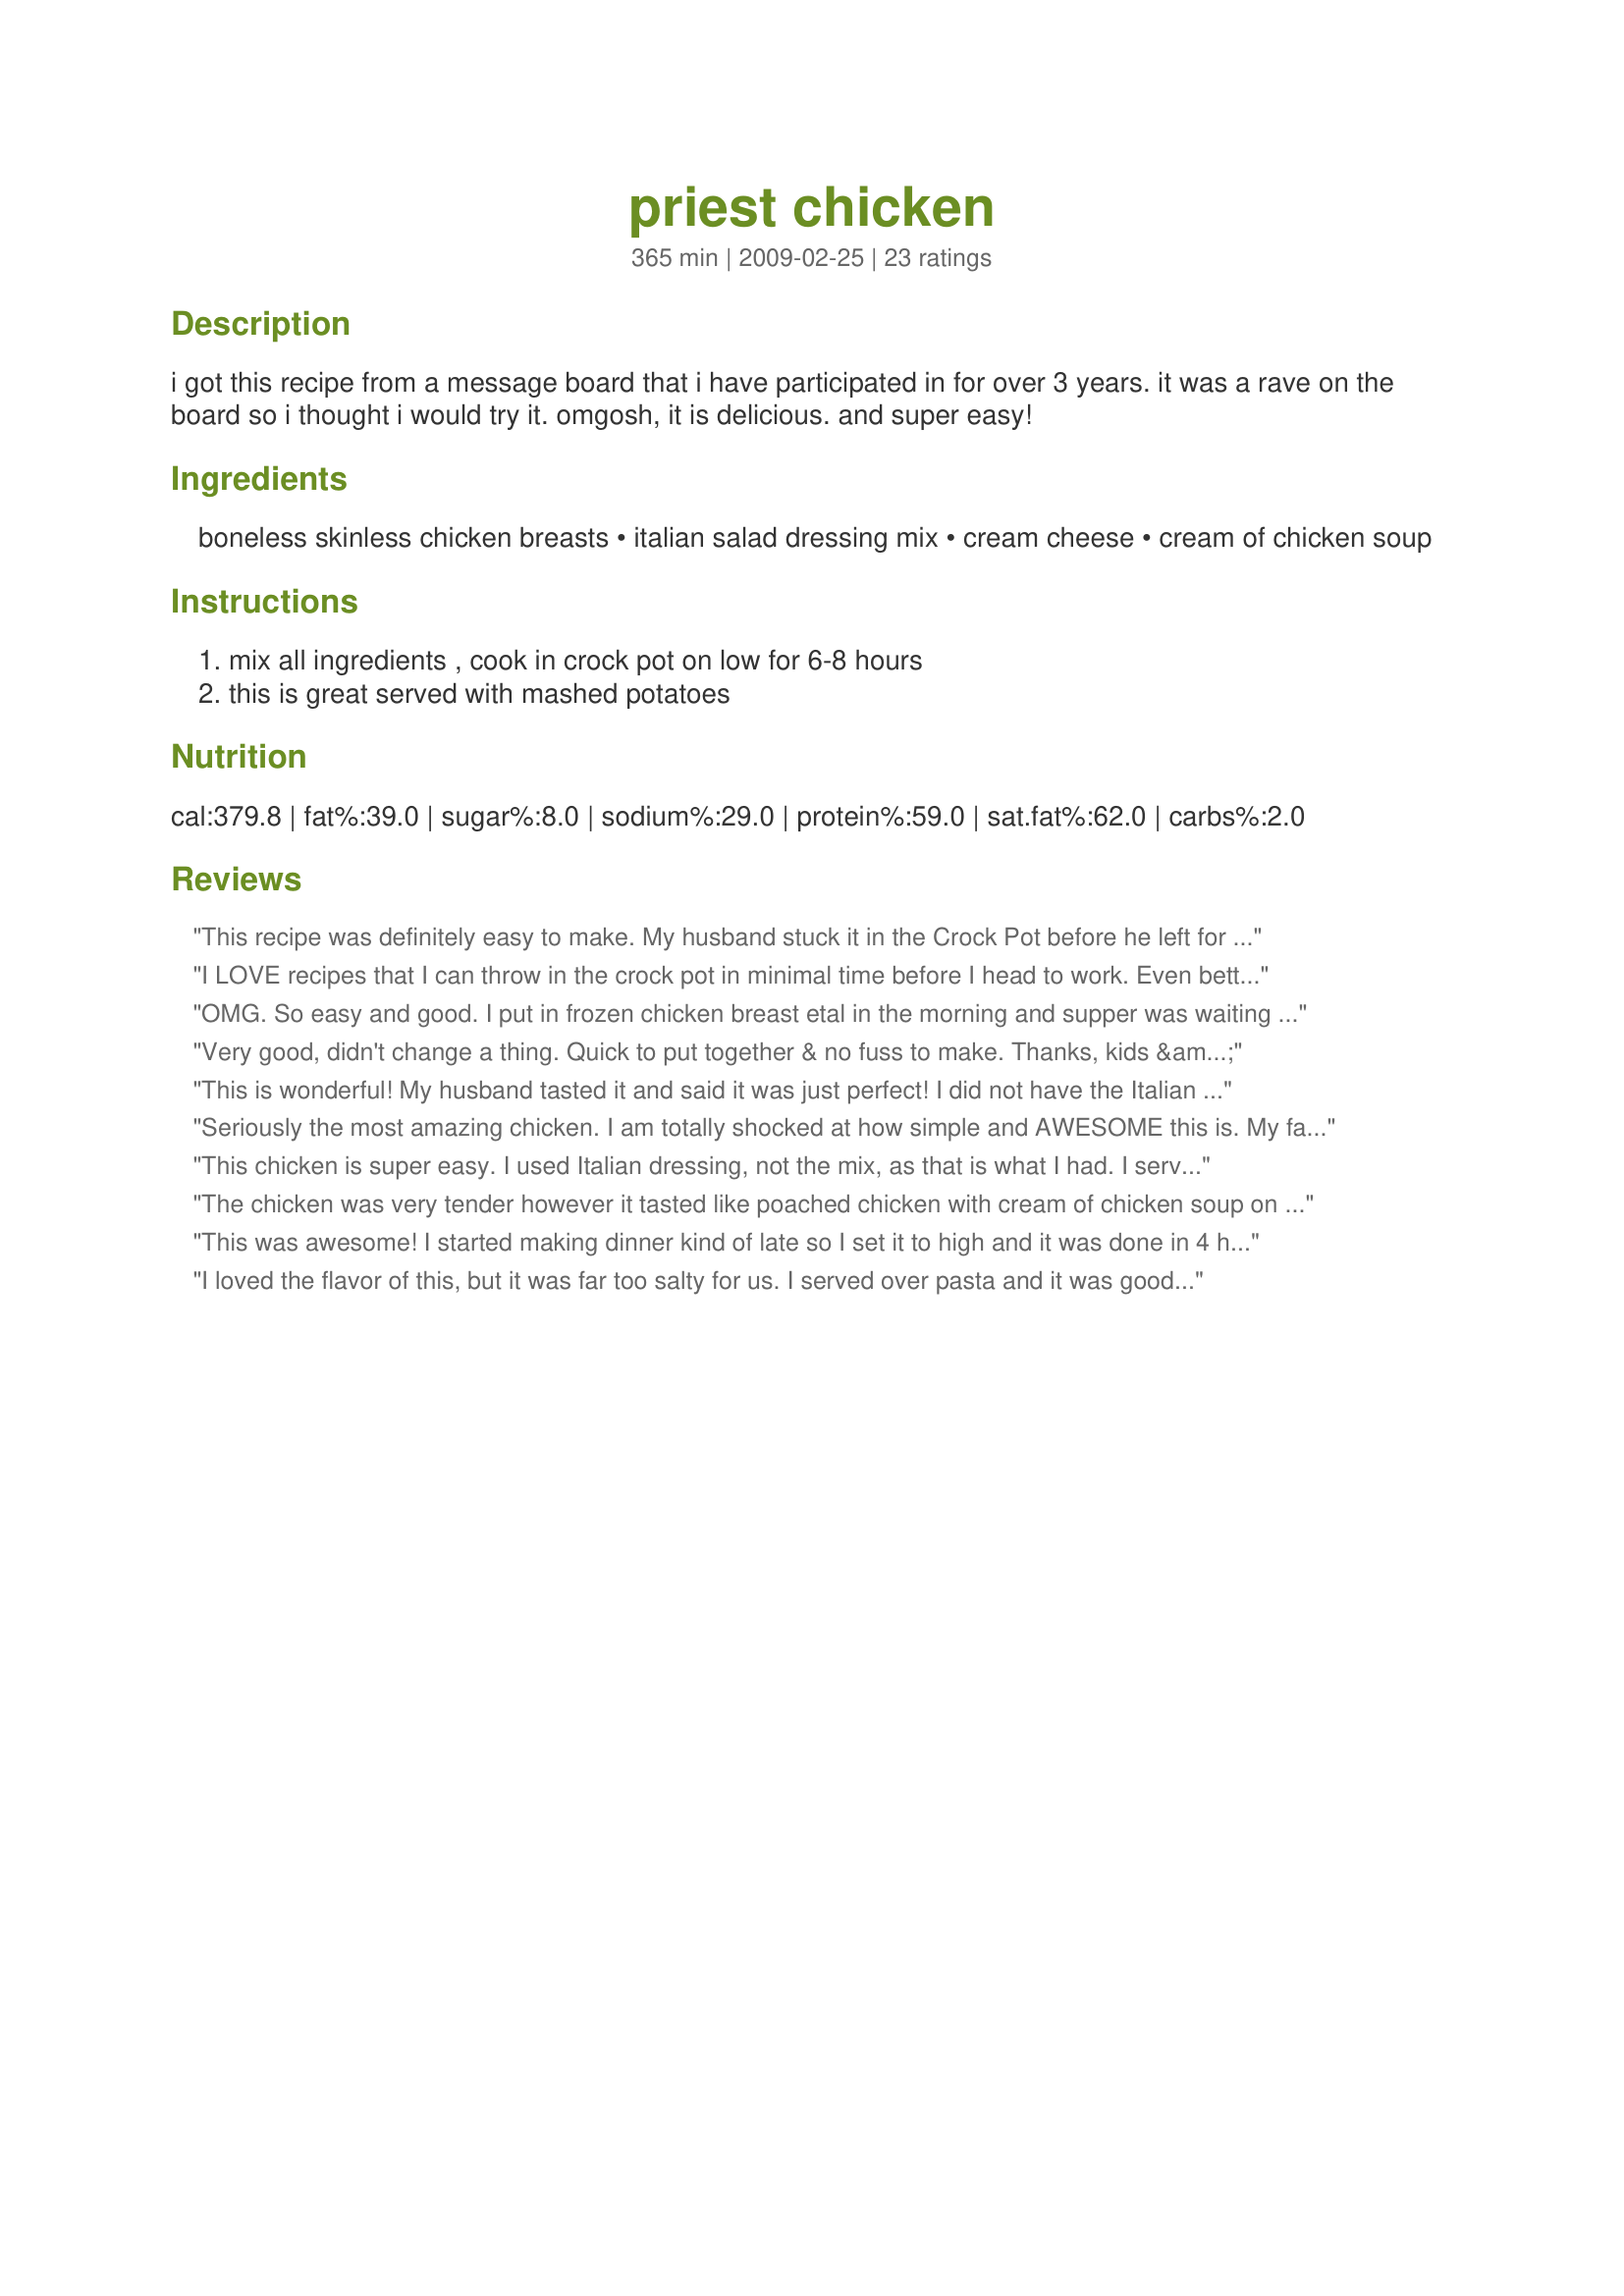
priest chicken
Preparation time: 365 minutes

i got this recipe from a message board that i have participated in for over 3 years. it was a rave on the board so i thought i would try it. omgosh, it is delicious. and super easy!

Ingredients:
boneless skinless chicken breasts, italian salad dressing mix, cream cheese, cream of chicken soup

Steps:
mix all ingredients , cook in crock pot on low for 6-8 hours, this is great served with mashed potatoes

Reviews:
This recipe was definitely easy to make. My husband stuck it in the Crock Pot before he left for work and it was ready when we returned home. The chicken was so tender it fell apart when i stirred the pot, so we had shredded chicken rather than chicken breasts. The taste was good, but I would have liked to taste the italian dressing more than i did (i will add more next time). I may also try like another poster did and add onions and some garlic the next time, as I do think it was missing a little something. My husband liked it as well, he said next time we should slap it on a bun and serve it as a sandwich since the chicken shredded itself. We will add this to our stock of dinner recipes. Thank you.
I LOVE recipes that I can throw in the crock pot in minimal time before I head to work. Even better when there is no chopping or slicing or dicing! How easy is this and the family devoured it. Thanks so much for sharing. A keeper for sure!
OMG. So easy and good. I put in frozen chicken breast etal in the morning and supper was waiting for me when I got home. Sure to please anyone!
Very good, didn't change a thing. Quick to put together & no fuss to make. Thanks, kids & hubby loved!
This is wonderful! My husband tasted it and said it was just perfect! I did not have the Italian dressing mix called for in the recipe so I added dried Oregano, Basil and Thyme in with the other ingredients. About 30 minutes before serving I added some fresh snipped chives and fresh thyme from my herb garden. I also cooked this on High for about 3 hours and it was so tender! Thanks for posting! I will be making this again and next time I may add some onions and fresh garlic. :0)
UPDATE! It's been less than a week and I have already made this again for some friends we had over for dinner. This time I added 1/2 of a large onion and 3 cloves of garlic. Our friends just raved over it and we all thoroughly enjoyed it. This time I also served it over large egg noodles! Yum!!!!!!!!!
Seriously the most amazing chicken. I am totally shocked at how simple and AWESOME this is. My family raved. My husband is not one to be easliy impressed and he asked this be made again and again!
This chicken is super easy. I used Italian dressing, not the mix, as that is what I had. I served it with mashed potatoes and zucchini. My DH loved it!
The chicken was very tender however it tasted like poached chicken with cream of chicken soup on top. I thought the addition of cream cheese would make it a different kind of chicken dish. It was edible but not a family fav.
This was awesome! I started making dinner kind of late so I set it to high and it was done in 4 hours. My picky 3 year old loved it. He just kept saying "good chicken!" over and over again. That is a great thing since he is not much of a meat eater. Will definitely be making this again. Thanks for sharing.
I loved the flavor of this, but it was far too salty for us. I served over pasta and it was good, just really really salty.
Our family inhaled this one! So easy and such a wonderful flavor. Thanks for a recipe that is going into our dinner rotation. YUMMY!
Easy and good. Both kids gave it their approval.
My household never agrees on food. They are all asking me to make it again. Wonderful!
Loved this chicken! I used cream of chicken with mushrooms soup, since it was what I had. It was delicious! Loved the creamy sauce it made. Will definitely be making this again. Thanks!
We really liked this. Mine turned out soup even with six rather than four chicken breasts. Highly suggest a dense starch be served i.e. mashed potatoes, rice, noodles or biscuits in order to soak up the yummy gravy. Will definitely make this again.
My girls LOVED this! I had absolutly NO leftovers, which says ALOT, because I used 6 breasts, and my girls ate about 1 1/2 breast each! Thanks you for sharing! It is now one of my kids favorite ways to eat chicken!!
I used 4 chicken breasts and it did not come out soupy at all. I cooked it on low for about 8 hours. My husband loved it. I thought it was a bit salty, but otherwise good.
Having no crock pot in the house I made mine stove top on a very low heat. It worked very well and we all enjoyed the dish. Served with recipe#290328. Made for New Kids on the Block.
We love this. I serve it over rice or noodles. Its kid friendly, and adult friendly too. Add mushrooms if you want to boost it a bit, but its great just like it is, too.
This didn't work for us. The only thing I did different was to throw in a couple handfulls of frozen mixed veggies. I gave it a taste test before serving and found it to be incredibly rich and didn't like the way the Italian Dressing MIx came together with the rest of the ingredients. I pulled out a small bowl and gave it a couple drops of lemon juice to see if that would cut the richness. While it helped some it still didn't do anything to make it more palatable for me so I heated up a frozen dinner. DH thought it was kind of "off" as well so he pulled a breast out and made a sandwich with it. The rest was thrown away. Sorry to bring down the rating on this but it definitely wasn't what we were expecting. Thanks for sharing though!
Soooooooo good! My husband made this when I was at work and it turned out great! It tastes like you spent hours on it but it's so easy and amazingly delicious. Love it!
The chicken came out very tender, but a little dry. The sauce was a little rich, but very tasty. I used Pacific Foods cream of chicken soup, which is gluten-free. We served this over rice and with a side salad and it was a very nice meal.
Very, very good. My only complaint would be that I thought the chicken was kind of dry, but the yummy gravy helps to tone that down. Really very good!
